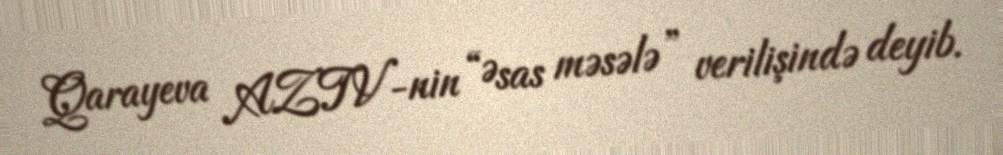
Qarayeva AZTV-nin “Əsas məsələ” verilişində deyib.